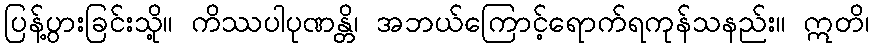
ပြန့်ပွားခြင်းသို့။ ကိဿပါပုဏန္တိ၊ အဘယ်ကြောင့်ရောက်ရကုန်သနည်း။ ဣတိ၊